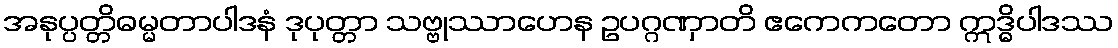
အနုပ္ပတ္တိဓမ္မတာပါဒနံ ဒုပုတ္တာ သဗ္ဗုဿာဟေန ဥပဂ္ဂဏှာတိ ဧကေကတော ဣဒ္ဓိပါဒဿ